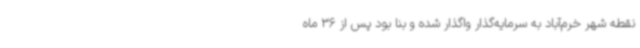
نقطه شهر خرم‌آباد به سرمایه‌گذار واگذار شده و بنا بود پس از 36 ماه